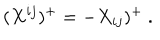
( X ^ { i j } ) ^ { + } = - X _ { i j } ) ^ { + } \ .